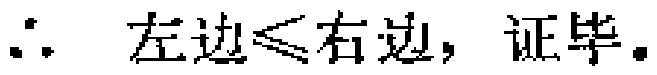
\(\therefore\) 左边\(\leqslant\)右边，证毕.